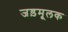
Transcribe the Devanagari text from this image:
जड़मूलक